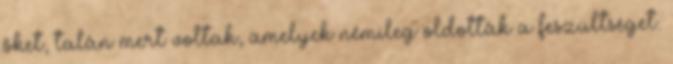
őket, talán mert voltak, amelyek némileg oldották a feszültséget.